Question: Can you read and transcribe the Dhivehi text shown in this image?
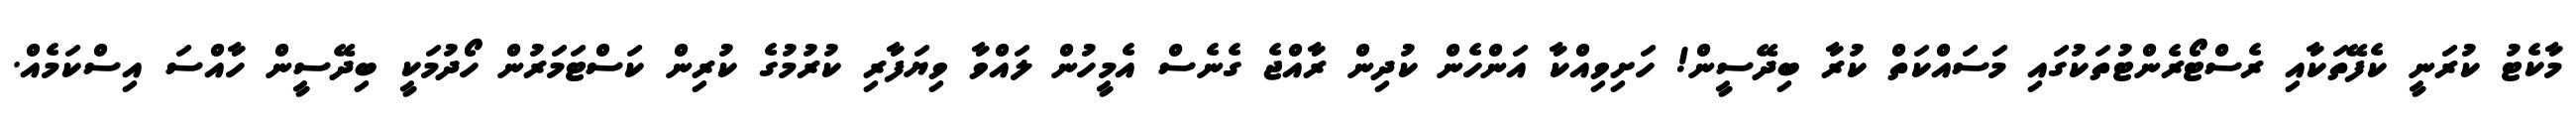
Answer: މާކެޓު ކުރަނީ ކެފޭތަކާއި ރެސްޓޯރެންޓުތަކުގައި މަސައްކަތް ކުރާ ބިދޭސީން! ހަށިވިއްކާ އަންހެން ކުދިން ރާއްޖެ ގެނެސް އެމީހުން ލައްވާ ވިޔަފާރި ކުރުމުގެ ކުރިން ކަސްޓަމަރުން ހޯދުމަކީ ބިދޭސީން ހާއްސަ އިސްކަމެއް.